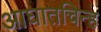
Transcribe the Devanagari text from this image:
आघातचिन्ह